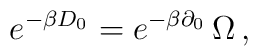
e^{-\beta D_0}= e^{-\beta \partial_0}\,\Omega \,,